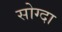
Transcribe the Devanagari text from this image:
सोग्दा